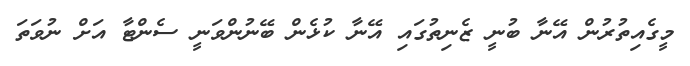
މީގެއިތުރުން އޭނާ ބުނީ ޒެނިތުގައި އޭނާ ކުޅެން ބޭނުންވަނީ ސެންޓާ އަށް ނުވަތަ